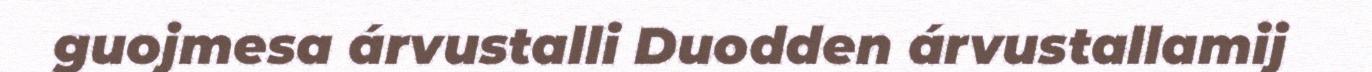
guojmesa árvustalli Duodden árvustallamij